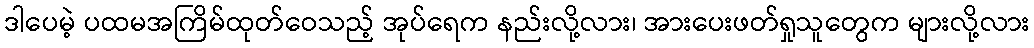
ဒါပေမဲ့ ပထမအကြိမ်ထုတ်ဝေသည့် အုပ်ရေက နည်းလို့လား၊ အားပေးဖတ်ရှုသူတွေက များလို့လား